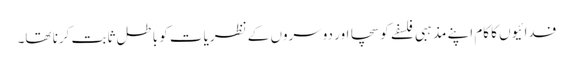
فدائیوں کا کام اپنے مذہبی فلسفے کو سچا اور دوسروں کے نظریات کو باطل ثابت کرنا تھا۔